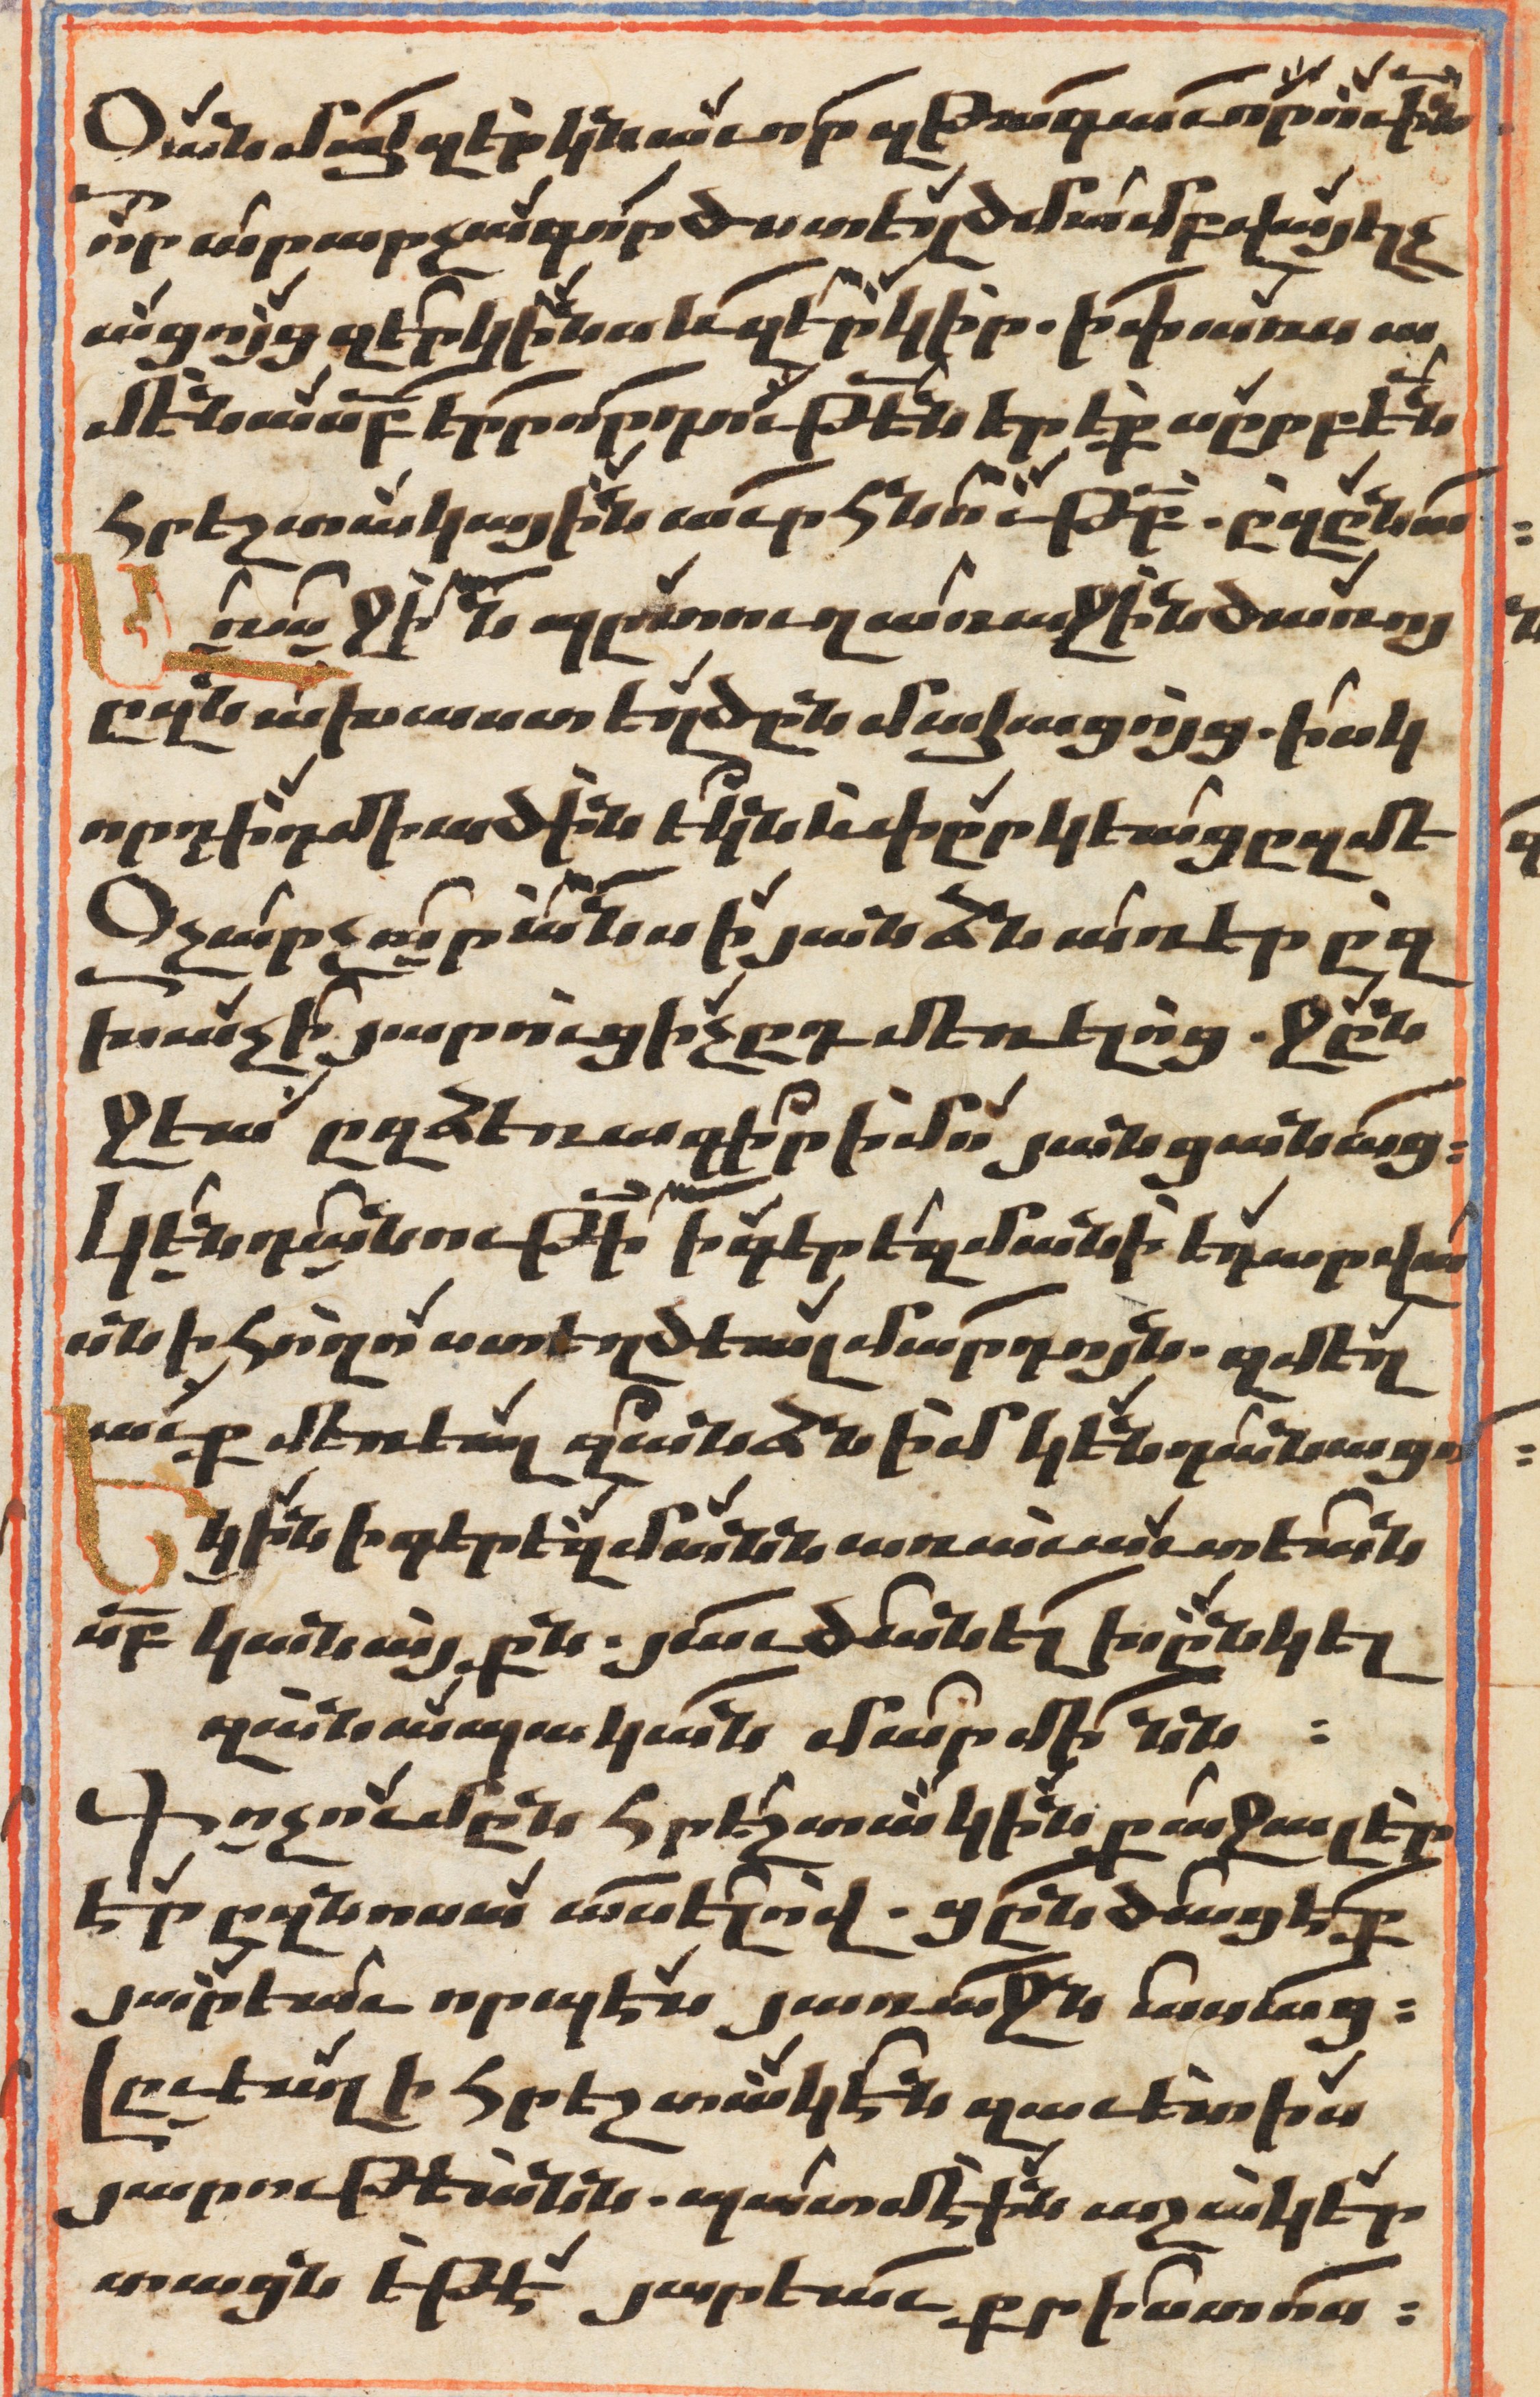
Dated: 1647–1647